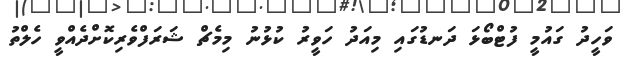
ވަހީދު ގައުމީ ފުޓްބޯޅަ ދަނޑުގައި މިއަދު ހަވީރު ކުޅުނު މިމެޗް ޝަރަފްވެރިކޮށްދެއްވީ ހެލްތު